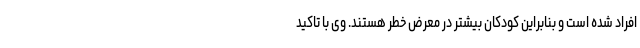
افراد شده است و بنابراین کودکان بیشتر در معرض خطر هستند. وی با تاکید